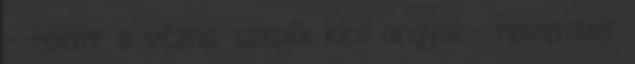
- felelte a vézna, szeplős kicsi angyal - november